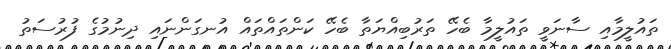
ތައުލީމާއި ސާނަވީ ތައުލީމާ ބެހޭ ތަރުބިއްޔަތާ ބެހޭ ކަންތައްތައް އުނގަންނައި ދިނުމުގެ ފުރުސަތު